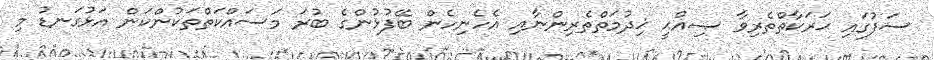
ސަފުގައި ޙަރަކާތްތެރިވާ ޞިއްޙީ ޚިދުމަތްތެރިންނާއި އެހެނިހެން ބޭފުޅުންގެ ބުރަ މަސައްކަތްތަކުންކަން އަޅުގަނޑު މި